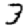
Digit: 3